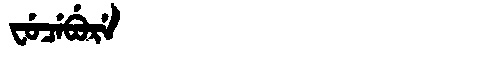
Manchu: ᠸᡠᠴᡝᠪᡠᡵᡝ
Romanization: FUCEBURE